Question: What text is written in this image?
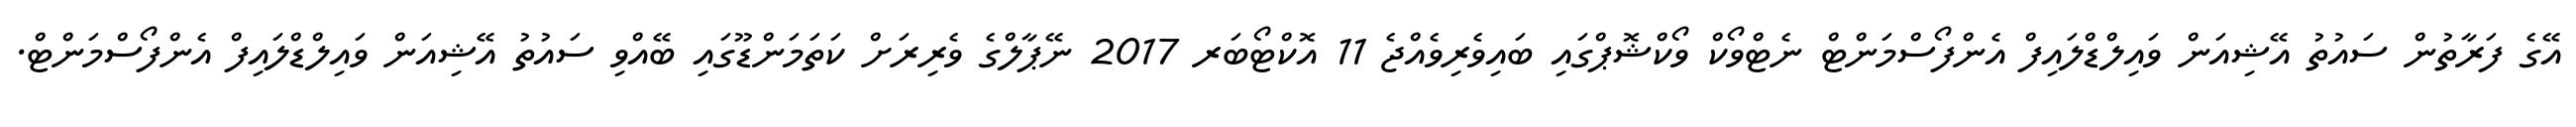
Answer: އޭގެ ފަރާތުން ސައުތު އޭޝިއަން ވައިލްޑްލައިފް އެންފޯސްމަންޓް ނެޓްވޯކް ވޯކްޝޮޕްގައި ބައިވެރިވެއްޖެ 11 އޮކްޓޯބަރ 2017 ނޭޕާލްގެ ވެރިރަށް ކަތަމަންޑޫގައި ބޭއްވި ސައުތު އޭޝިއަން ވައިލްޑްލައިފް އެންފޯސްމަންޓް.